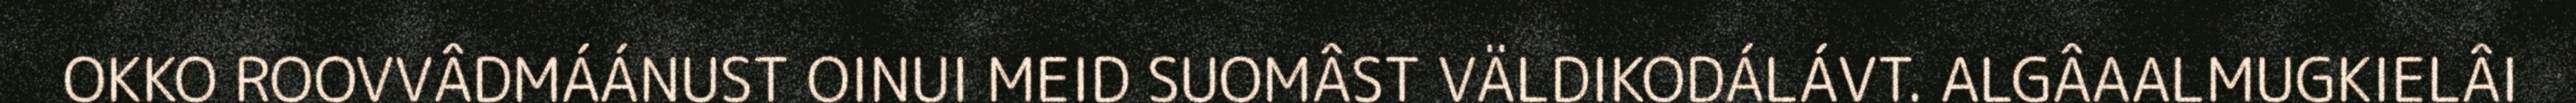
OKKO ROOVVÂDMÁÁNUST OINUI MEID SUOMÂST VÄLDIKODÁLÁVT. ALGÂAALMUGKIELÂI